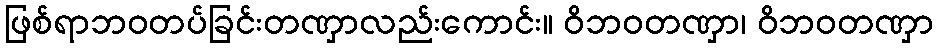
ဖြစ်ရာဘဝတပ်ခြင်းတဏှာလည်းကောင်း။ ဝိဘဝတဏှာ၊ ဝိဘဝတဏှာ